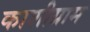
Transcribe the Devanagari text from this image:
काशीग्राम